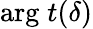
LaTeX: \mathrm{arg}\; t(\delta)